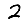
Digit: 2